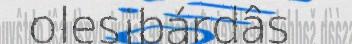
olesibárdâs